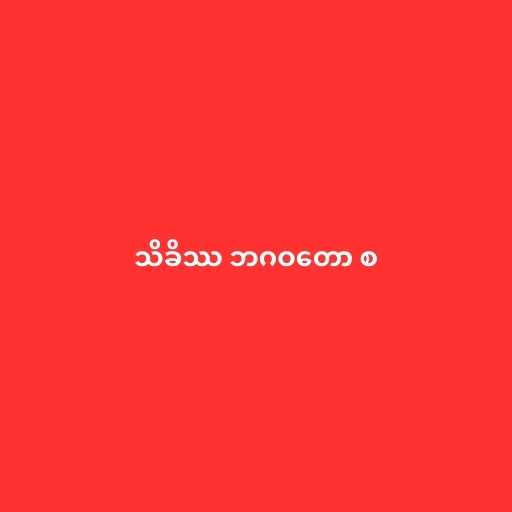
သိခိဿ ဘဂဝတော စ